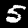
Digit: 5